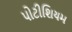
પોટીશિયમ